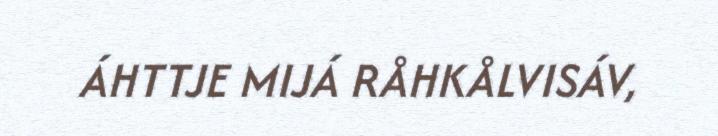
ÁHTTJE MIJÁ RÅHKÅLVISÁV,